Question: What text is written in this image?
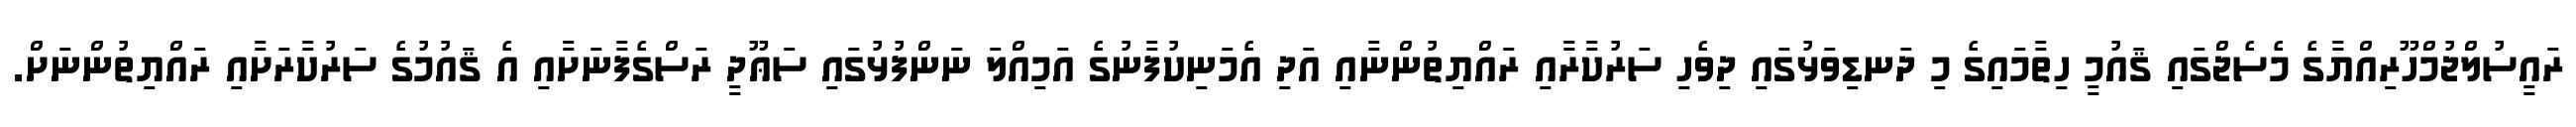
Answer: ރައީސުލްޖުމްހޫރިއްޔާގެ މެސެޖްގައި ޤައުމީ ހިތާމައިގެ މި ދަނޑިވަޅުގައި ދިވެހި ސަރުކާރާއި ރައްޔިތުންނާއި އަދި އެމަނިކުފާނުގެ އަމިއްލަ ނަންފުޅުގައި ސަޢޫދީ ރަސްގެފާނަށާއި އެ ޤައުމުގެ ސަރުކާރަށާއި ރައްޔިތުންނަށް.